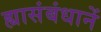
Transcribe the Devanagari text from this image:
ह्यासंबंधानें